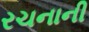
રચનાની